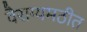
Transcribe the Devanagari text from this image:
वैराग्यमठीत